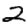
Digit: 2